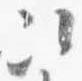
次